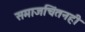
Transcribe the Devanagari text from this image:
समाजचिंतनही